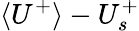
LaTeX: \langle U^{+}\rangle-U_{s}^{+}